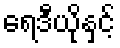
ရေဒီယိုနှင့်